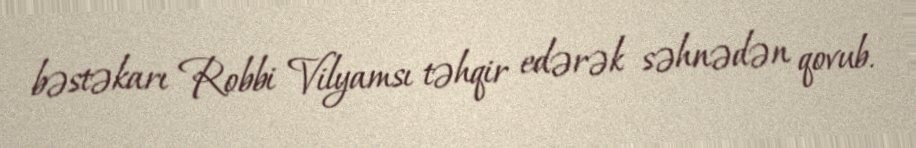
bəstəkarı Robbi Vilyamsı təhqir edərək səhnədən qovub.